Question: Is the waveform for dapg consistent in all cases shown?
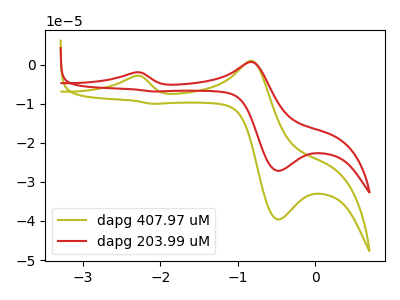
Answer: <think>The olive curve "dapg 407.97 uM" has anodic peaks at (-2.30V, -2.90uA) (-0.80V, 1.00uA) and cathodic peaks at (-0.50V, -39.60uA) (-2.10V, -10.00uA). The red curve "dapg 203.99 uM" has anodic peaks at (-2.30V, -1.95uA) (-0.80V, 0.70uA) and cathodic peaks at (-0.50V, -27.15uA) (-2.10V, -6.85uA).
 All the peaks in "dapg 407.97 uM" have a peak in "dapg 203.99 uM" at the same potential.</think>
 <answer>All the CV's of "dapg" have similar shape.</answer>
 <eval>follow_rule</eval>